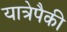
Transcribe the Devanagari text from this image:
यात्रेपैकी